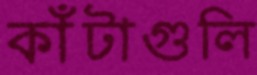
কাঁটাগুলি